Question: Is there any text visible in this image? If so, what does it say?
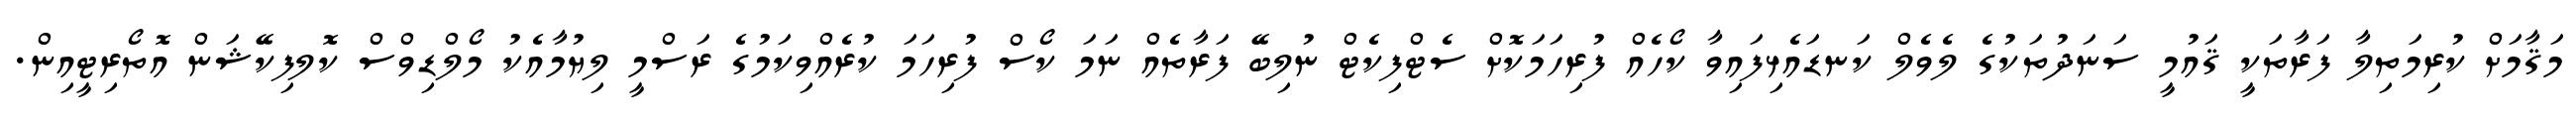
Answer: މަޤާމަށް ކުރިމަތިލާ ފަރާތަކީ ޤައުމީ ސަނަދުތަކުގެ ލެވެލް ކަނޑައެޅިފައިވާ ކޯހެއް ފުރިހަމަކޮށް ސެޓްފިކެޓް ނުލިބޭ ފަރާތެއް ނަމަ ކޯސް ފުރިހަމަ ކުރެއްވިކަމުގެ ރަސްމީ ލިޔުމާއެކު މޯލްޑިވްސް ކޮލފިކޭޝަން އޮތޯރިޓީއިން.